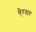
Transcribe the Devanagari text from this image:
थै्रसर